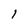
Character: 1